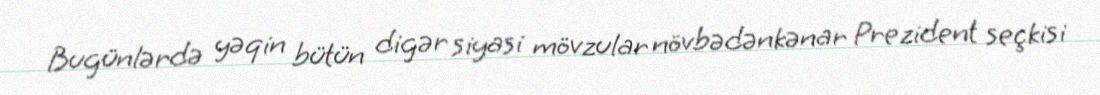
Bugünlərdə yəqin bütün digər siyasi mövzular növbədənkənar Prezident seçkisi